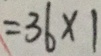
= 3 6 \times 1